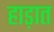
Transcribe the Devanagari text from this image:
हाड़ात